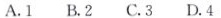
A.1 B.2 C.3 D.4